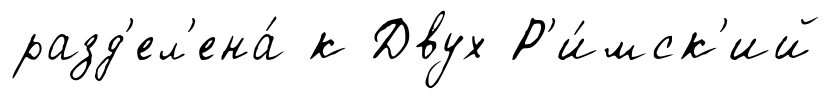
разд'ел'ена́ к Двух Р'и́мск'ий